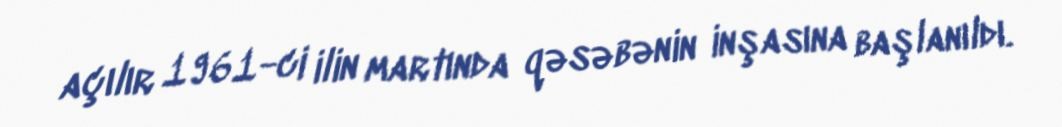
açılır 1961-ci ilin martında qəsəbənin inşasına başlanıldı.